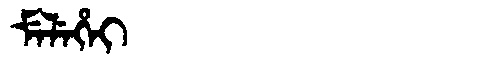
Manchu: ᠮᡝᠯᡝᡥᡝᡳ
Romanization: MELEHEI